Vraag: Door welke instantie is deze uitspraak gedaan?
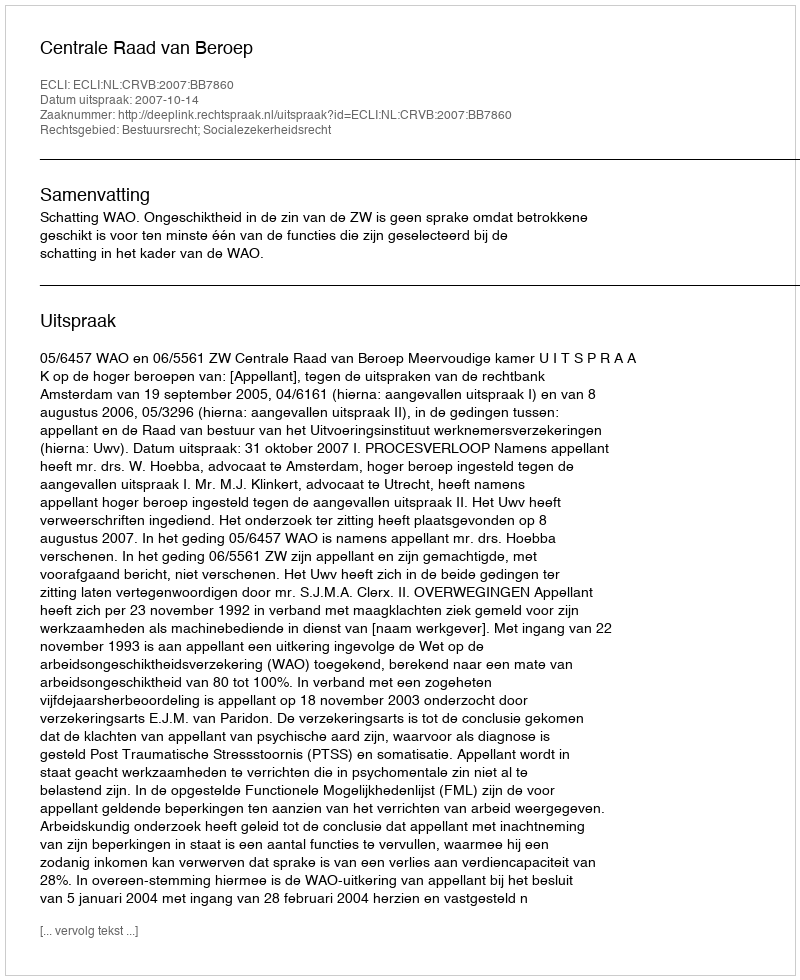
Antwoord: Centrale Raad van Beroep